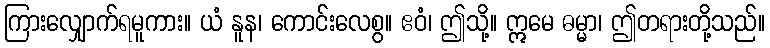
ကြားလျှောက်ရမူကား။ ယံ နူန၊ ကောင်းလေစွ။ ဧဝံ၊ ဤသို့။ ဣမေ ဓမ္မာ၊ ဤတရားတို့သည်။